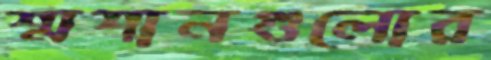
শ্মশানগুলোর